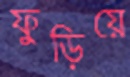
ফুড়িয়ে